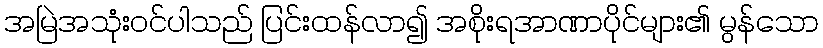
အမြဲအသုံးဝင်ပါသည် ပြင်းထန်လာ၍ အစိုးရအာဏာပိုင်များ၏ မွန်သော